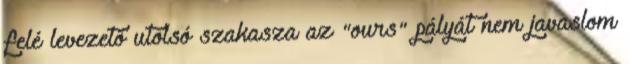
felé levezető utolsó szakasza az "ours" pályát nem javaslom